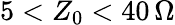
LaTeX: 5<Z_{0}<40\, \Omega